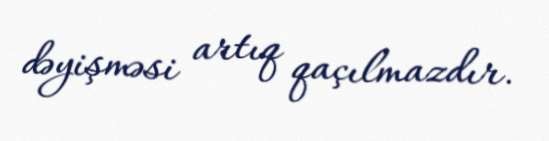
dəyişməsi artıq qaçılmazdır.